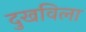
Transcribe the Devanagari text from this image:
दुखविला